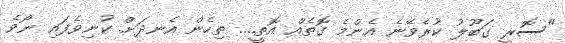
"ސޮރީ ގަބޫލު ކުރެވޭނެ އެންމެ ގޮތެއް އޮތީ.... ތިހެން އެނދަށް ކުނިވެފައި ނޯވެ